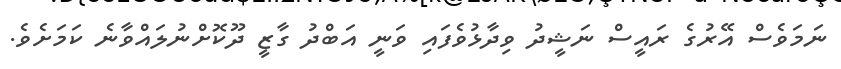
ނަމަވެސް އޭރުގެ ރައީސް ނަޝީދު ވިދާޅުވެފައި ވަނީ އަބްދު ގާޒީ ދޫކޮށްނުލައްވާނެ ކަމަށެވެ.